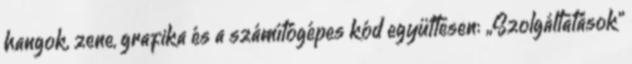
hangok, zene, grafika és a számítógépes kód együttesen: „Szolgáltatások”